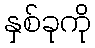
နှစ်ခုကို